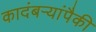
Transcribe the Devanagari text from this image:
कादंबऱ्यांपैकी